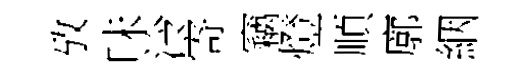
攷味泠寄竊燈順廓絪